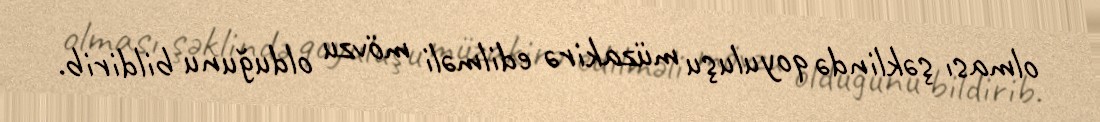
olması şəklində qoyuluşu müzakirə edilməli mövzu olduğunu bildirib.